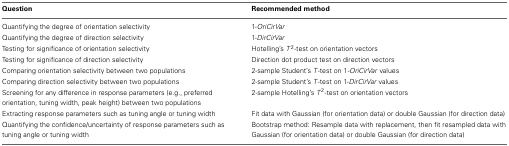
<table><thead><tr><td><b>Question</b></td><td><b>Recommended method</b></td></tr></thead><tbody><tr><td>Quantifying the degree of orientation selectivity</td><td>1-<i>OriCirVar</i></td></tr><tr><td>Quantifying the degree of direction selectivity</td><td>1-<i>DirCirVar</i></td></tr><tr><td>Testing for significance of orientation selectivity</td><td>Hotelling&#x27;s <i>T</i><sup>2</sup>-test on orientation vectors</td></tr><tr><td>Testing for significance of direction selectivity</td><td>Direction dot product test on direction vectors</td></tr><tr><td>Comparing orientation selectivity between two populations</td><td>2-sample Student&#x27;s <i>T</i>-test on 1<i>-OriCirVar</i> values</td></tr><tr><td>Comparing direction selectivity between two populations</td><td>2-sample Student&#x27;s <i>T</i>-test on 1-<i>DirCirVar</i> values</td></tr><tr><td>Screening for any difference in response parameters (e.g., preferred orientation, tuning width, peak height) between two populations</td><td>2-sample Hotelling&#x27;s <i>T</i><sup>2</sup>-test on orientation vectors</td></tr><tr><td>Extracting response parameters such as tuning angle or tuning width</td><td>Fit data with Gaussian (for orientation data) or double Gaussian (for direction data)</td></tr><tr><td>Quantifying the confidence/uncertainty of response parameters such as tuning angle or tuning width</td><td>Bootstrap method: Resample data with replacement, then fit resampled data with Gaussian (for orientation data) or double Gaussian (for direction data)</td></tr></tbody></table>